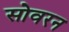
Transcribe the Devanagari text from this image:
सोवरन